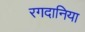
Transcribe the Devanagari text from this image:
रगदानिया